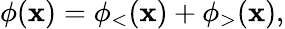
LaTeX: \phi(\mathbf{x})=\phi_{<}(\mathbf{x})+\phi_{>}(\mathbf{x}),